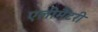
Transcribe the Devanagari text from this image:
एलीमैंटरी